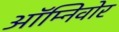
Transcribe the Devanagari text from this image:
ऑम्निवोर